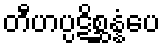
တီဟပ္ပဋိစ္ဆန္နံပေ